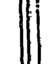
॥